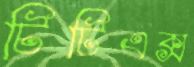
টিটিএক্স